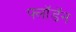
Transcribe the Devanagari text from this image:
फ्लॉडॅन